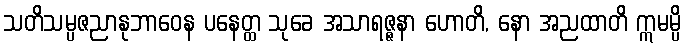
သတိသမ္ပဇညာနုဘာဝေန ပနေတ္ထ သုခေ အသာရဇ္ဇနာ ဟောတိ, နော အညထာတိ ဣမမ္ပိ